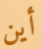
أين